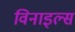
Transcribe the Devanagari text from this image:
विनाइल्स